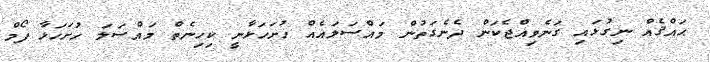
ޙައްޤެއް ނިގުޅައި ގަނެވިއްޖެކަން ދެނެގަތުން މައްސަލައެއް ހުށަހަޅާނީ ކިހިނެތް މައްސަލަ ހުށަހަޅާ ފޯމް